Annual returns of the Patna Lunatic Asylum at Bankipore in Bihar and Orissa - 1912-1924
Year: 1912
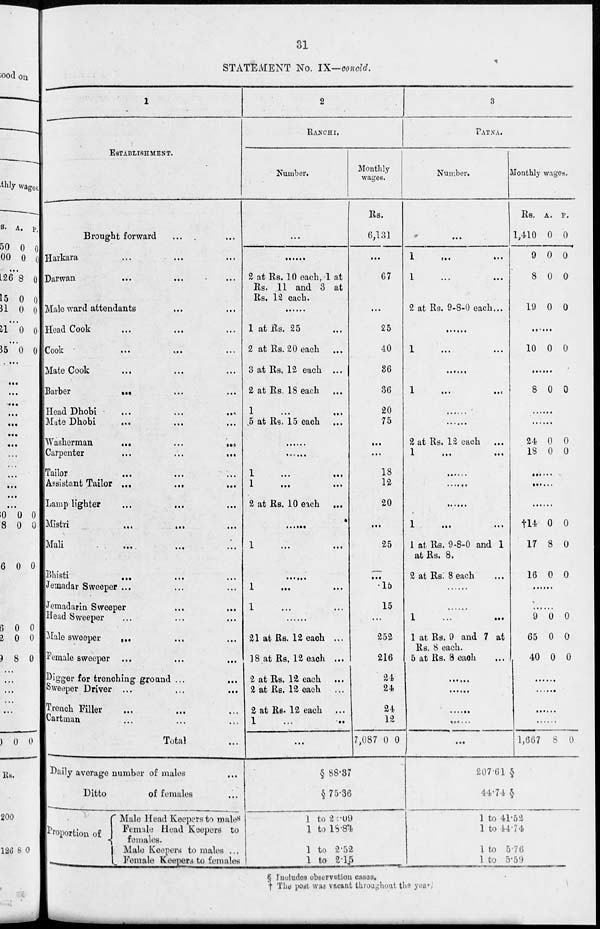
31
STATEMENT No. IX—concld.
1
ESTABLISHMENT.
Brought forward ... ...
Harkara ... ... ...
Darwan
...
...
...
Male ward attendants ... ... ...
Head Cook ... ... ...
Cook
...
...
...
Mate Cook ... ... ...
Barber ... ... ...
Head Dhobi ... ... ...
Mate Dhobi ... ... ...
Washerman
...
...
...
Carpenter
...
...
...
Tailor ... ... ...
Assistant Tailor
...
...
...
Lamp lighter ... ... ...
Mistri ... ... ...
Mali ... ... ...
Bhisti ... ... ...
Jemadar Sweeper ... ... ...
Jemadarin Sweeper
...
...
Head Sweeper ... ... ...
Male sweeper ... ... ...
Female sweeper ... ... ...
Digger for trenching ground ... ...
Sweeper Driver ... ... ...
Trench Filler ... ... ...
Cartinan ... ... ...
Total ...
Daily average number of males ...
Ditto
of females ...
Proportion of
Male Head Keepers to males
Female Head Keepers to
females.
Male Keepers to males ...
Female Keepers to females
2
RANCHI.
Number.
...
......
2 at Rs. 10 each, 1 at
Rs. 11 and 3 at
Rs. 12 each.
......
1 at Rs. 25 ...
2 at Rs. 20 each
...
3 at Rs. 12 each ...
2 at Rs. 18 each
1 ... ...
5 at Rs. 15 each
......
......
1
...
...
1
...
...
2 at Rs. 10 each
...
......
1
...
...
......
1
...
...
1 ... ...
......
21 at Rs. 12 each ...
18 at Rs. 12 each ...
2 at Rs. 12 each
2 at Rs. 12 each
...
2 at Rs. 12 each
...
1 ... ...
...
Monthly
wages.
Rs.
6,131
...
67
...
25
40
36
36
20
75
...
...
18
12
20
...
25
...
15
15
...
252
216
24
24
24
12
7,087 0 0
§ 88.37
§ 75.36
1 to 22.09
1 to 18.84
1 to 2.52
1 to 2.15
3
PATNA.
Number.
...
1
...
...
1 ... ...
2 at Rs. 9-8-0 each...
......
1 ... ...
......
1
...
...
......
......
2 at Rs. 12 each
1
...
...
......
......
......
1
...
...
1 at Rs. 9-8-0 and 1
at Rs. 8.
2 at Rs. 8 each
......
......
1
1 at Rs. 9 and 7 at
Rs. 8 each.
5 at Rs. 8 each
...
......
......
......
......
...
Monthly wages.
Rs.
1,410
9
8
19
A.
0
0
0
0
P.
0
0
0
0
......
10 0 0
......
8 0 0
......
......
24
18
0
0
0
0
......
......
......
†14
17
16
0
8
0
0
0
0
......
......
9
65
40
0
0
0
0
0
0
......
......
......
......
1,667 8 0
207.61§
44.74 §
1 to 41.52
1 to 44.74
1 to 5.76
1 to 5.59
§ Includes observation cases.
† The post was vacant throughout
the year.